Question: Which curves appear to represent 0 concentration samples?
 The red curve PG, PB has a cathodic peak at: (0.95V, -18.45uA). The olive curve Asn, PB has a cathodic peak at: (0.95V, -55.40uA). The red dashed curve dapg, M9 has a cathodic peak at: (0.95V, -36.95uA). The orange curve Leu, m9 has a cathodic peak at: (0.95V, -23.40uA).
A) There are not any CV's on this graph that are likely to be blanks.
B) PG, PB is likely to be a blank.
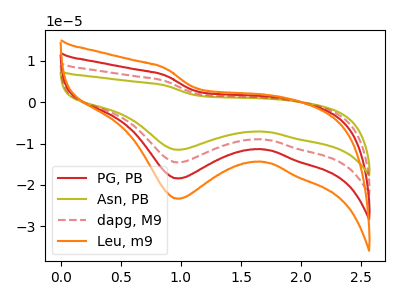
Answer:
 <answer>A) There are not any CV's on this graph that are likely to be blanks.</answer>
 <eval>A</eval>